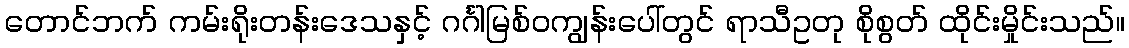
တောင်ဘက် ကမ်းရိုးတန်းဒေသနှင့် ဂင်္ဂါမြစ်ဝကျွန်းပေါ်တွင် ရာသီဥတု စိုစွတ် ထိုင်းမှိုင်းသည်။